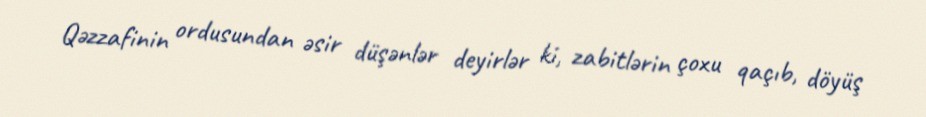
Qəzzafinin ordusundan əsir düşənlər deyirlər ki, zabitlərin çoxu qaçıb, döyüş